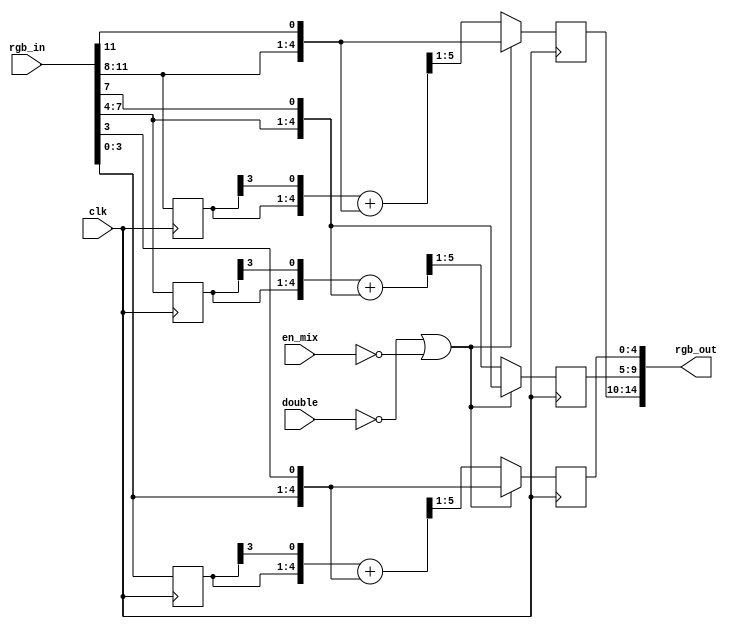
/*  This file is part of JT_GNG.
    JT_GNG program is free software: you can redistribute it and/or modify
    it under the terms of the GNU General Public License as published by
    the Free Software Foundation, either version 3 of the License, or
    (at your option) any later version.

    JT_GNG program is distributed in the hope that it will be useful,
    but WITHOUT ANY WARRANTY; without even the implied warranty of
    MERCHANTABILITY or FITNESS FOR A PARTICULAR PURPOSE.  See the
    GNU General Public License for more details.

    You should have received a copy of the GNU General Public License
    along with JT_GNG.  If not, see <http://www.gnu.org/licenses/>.

    Author: Jose Tejada Gomez. Twitter: @topapate
    Version: 1.0
    Date: 14-1-2019 */

module jtgng_vgapxl(
    input         clk,
    input         double,
    input         en_mix,
    input  [11:0] rgb_in,
    output  [14:0] rgb_out
);

function [4:0] ext; // extends by duplicating MSB
    input [3:0] a;
    ext = { a, a[3] };
endfunction

reg [3:0] last_r, last_g, last_b;
reg [4:0] pxl_r, pxl_g, pxl_b;

assign rgb_out = { pxl_r, pxl_g, pxl_b };

wire [5:0] mix_r = ext(last_r) + ext(rgb_in[11:8]);
wire [5:0] mix_g = ext(last_g) + ext(rgb_in[ 7:4]);
wire [5:0] mix_b = ext(last_b) + ext(rgb_in[ 3:0]);


always @(posedge clk) begin
    {last_r, last_g, last_b} <= rgb_in;
    // pixel mixing
    if( !double || !en_mix ) begin
        pxl_r <= ext(rgb_in[11:8]);
        pxl_g <= ext(rgb_in[ 7:4]);
        pxl_b <= ext(rgb_in[ 3:0]);
    end
    else begin
        pxl_r <= mix_r[5:1];
        pxl_g <= mix_g[5:1];
        pxl_b <= mix_b[5:1];
    end
end

endmodule // jtgng_vgapxl